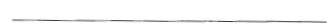
___